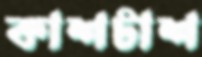
কাশটাশ